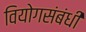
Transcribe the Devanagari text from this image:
वियोगसंबंधी